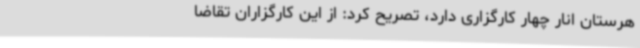
هرستان انار چهار کارگزاری دارد، تصریح کرد: از این کارگزاران تقاضا